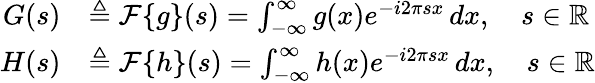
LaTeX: {\begin{array}{rl}{G(s)}&{\triangleq{\mathcal{F}}\{ g\} (s)=\int_{-\infty}^{\infty}g(x)e^{-i2\pi sx}\, dx,\quad s\in\mathbb{R}}\\ {H(s)}&{\triangleq{\mathcal{F}}\{ h\} (s)=\int_{-\infty}^{\infty}h(x)e^{-i2\pi sx}\, dx,\quad s\in\mathbb{R}}\end{array}}